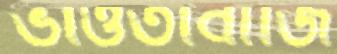
ভাওতাবাজি